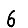
Digit: 6